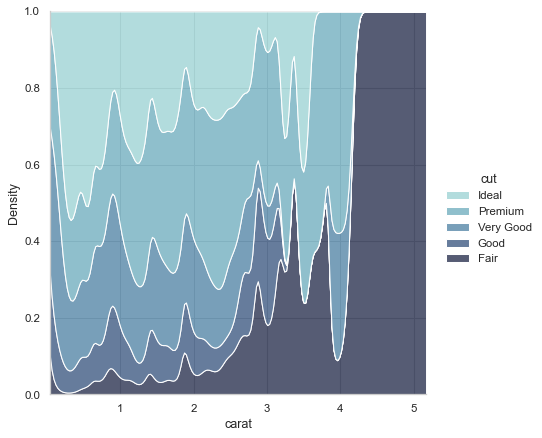
python, seaborn, displot